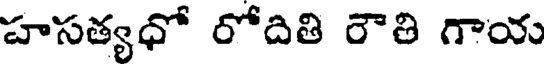
హసత్యధో రోదితి రౌతి గాయ